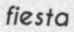
fiesta